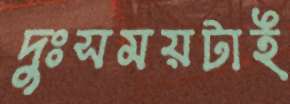
দুঃসময়টাই